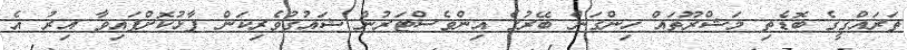
ތަރައްގީގެ ބޮޑެތި މަޝްރޫތައް ހިންގަން ބޭރުގެ އިންވެސްޓަރުން ޝައުގުވެރިކަން ފާޅުކޮށްފައިވާ އިރު އެ